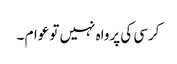
کرسی کی پرواہ نہیں تو عوام ۔